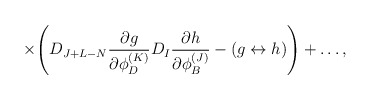
\begin{align*}\times \Biggl( D_{J+L-N}{{\partial g} \over {\partial \phi^{(K)}_D}}D_I{{\partial h} \over{\partial \phi^{(J)}_B}}-(g \leftrightarrow h)\Biggr) +\ldots,\end{align*}